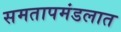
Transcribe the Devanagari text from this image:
समतापमंडलात